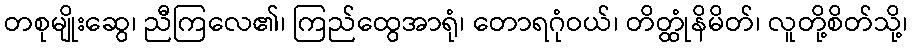
တစုမျိုးဆွေ၊ ညီကြလေ၏၊ ကြည်ထွေအာရုံ၊ တောရဂုံဝယ်၊ တိတ္ထုံနိမိတ်၊ လူတို့စိတ်သို့၊